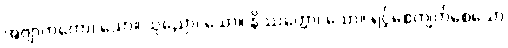
အဗျာကတော၊ သော။ သုညော၊ သော။ နိဿတ္တော၊ သော။ ရင့်စေကျက်စေသော